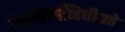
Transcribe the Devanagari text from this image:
चेतनेत्यभिधीयते